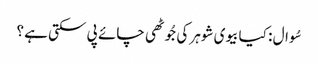
سُوال : کیا بیوی شوہر کی جُوٹھی چائے پی سکتی ہے ؟